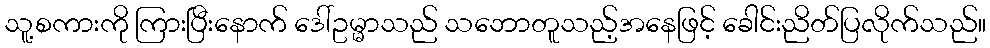
သူ့စကားကို ကြားပြီးနောက် ဒေါ်ဥမ္မာသည် သဘောတူသည့်အနေဖြင့် ခေါင်းညိတ်ပြလိုက်သည်။